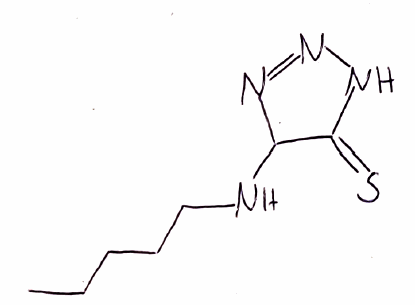
Simplified molecular-input line-entry system (SMILES) notation of the given molecule:
CCCCCNC1C(=S)NN=N1